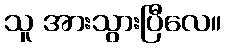
သူ အားသွားပြီလေ။